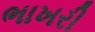
ભાખરી